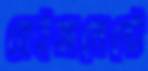
বেইজমেন্টে